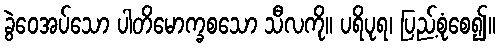
ခွဲဝေအပ်သော ပါတိမောက္ခစသော သီလကို။ ပရိပုရ၊ ပြည့်စုံစေ၍။